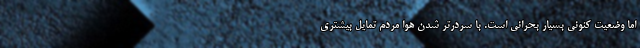
اما وضعیت کنونی بسیار بحرانی است. با سردرتر شدن هوا مردم تمایل بیشتری